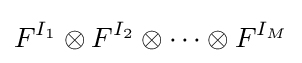
F^{I_{1}}\otimes F^{I_{2}}\otimes \cdots \otimes F^{I_{M}}